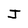
Character: J